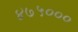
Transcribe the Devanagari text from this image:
४७५०००